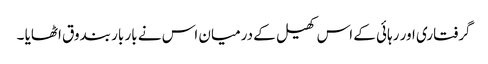
گرفتاری اور رہائی کے اس کھیل کے درمیان اس نے بار بار بندوق اٹھایا ۔